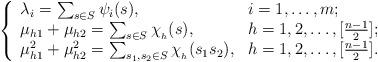
LaTeX: \begin{align*}\left\{\begin{array}{ll}\lambda_i=\sum_{s\in S}\psi_{i}(s),& \mbox{$i=1,\ldots,m$;}\\\mu_{h1}+\mu_{h2}=\sum_{s\in S}\chi_{_h}(s),& h=1,2,\ldots,[\frac{n-1}{2}];\\\mu_{h1}^2+\mu_{h2}^2=\sum_{s_1,s_2\in S}\chi_{_h}(s_1s_2),& h=1,2,\ldots,[\frac{n-1}{2}].\end{array}\right.\end{align*}